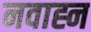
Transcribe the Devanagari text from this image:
नवाह्न